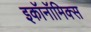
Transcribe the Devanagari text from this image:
इकॉनॉमिक्‍स